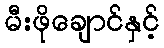
မီးဖိုချောင်နှင့်